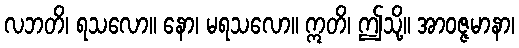
လဘတိ၊ ရသလော။ နော၊ မရသလော။ ဣတိ၊ ဤသို့။ အာဝဇ္ဇမာနာ၊